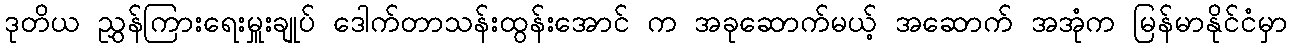
ဒုတိယ ညွှန်ကြားရေးမှူးချုပ် ဒေါက်တာသန်းထွန်းအောင် က အခုဆောက်မယ့် အဆောက် အအုံက မြန်မာနိုင်ငံမှာ